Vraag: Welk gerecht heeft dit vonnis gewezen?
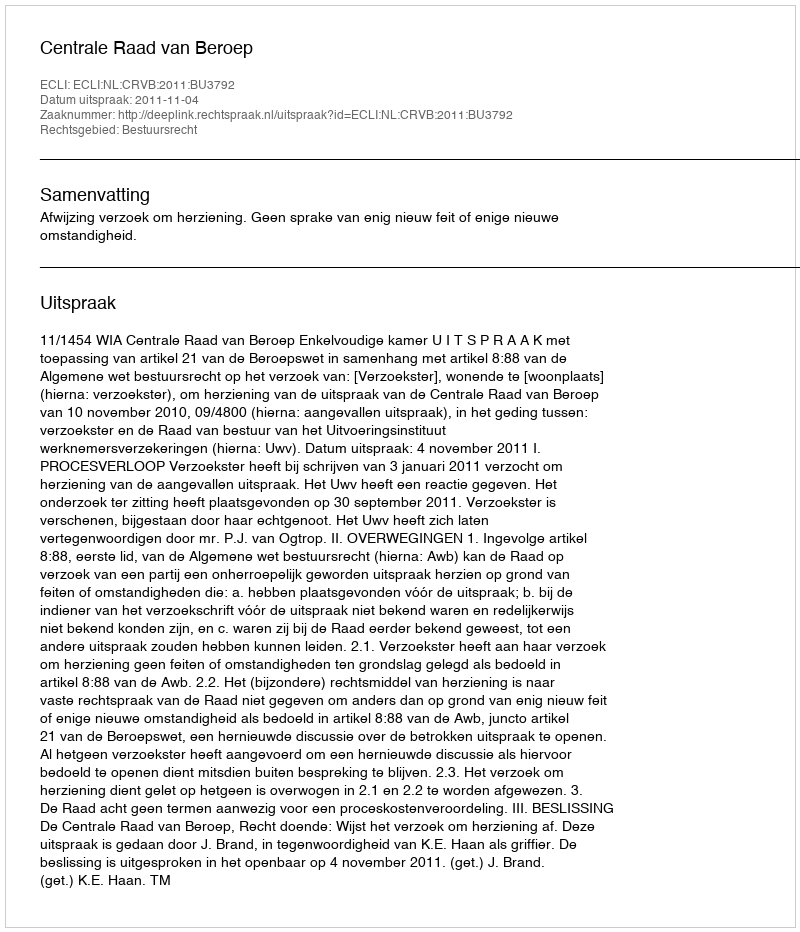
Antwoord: Centrale Raad van Beroep